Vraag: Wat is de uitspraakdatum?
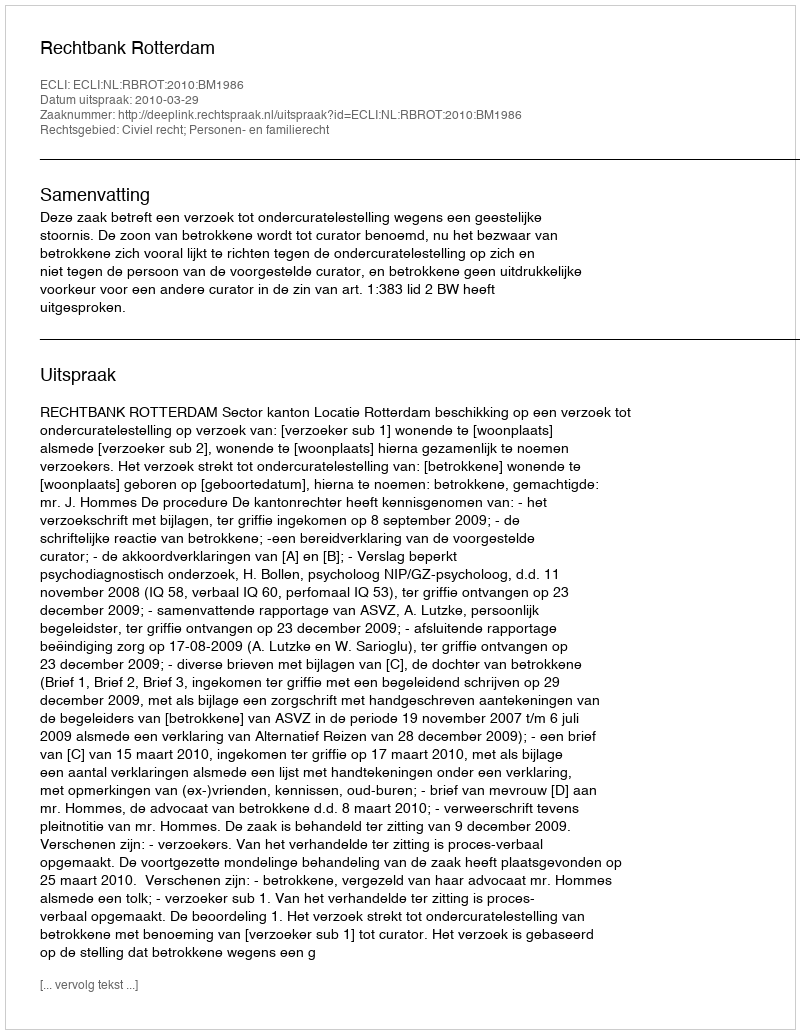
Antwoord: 2010-03-29